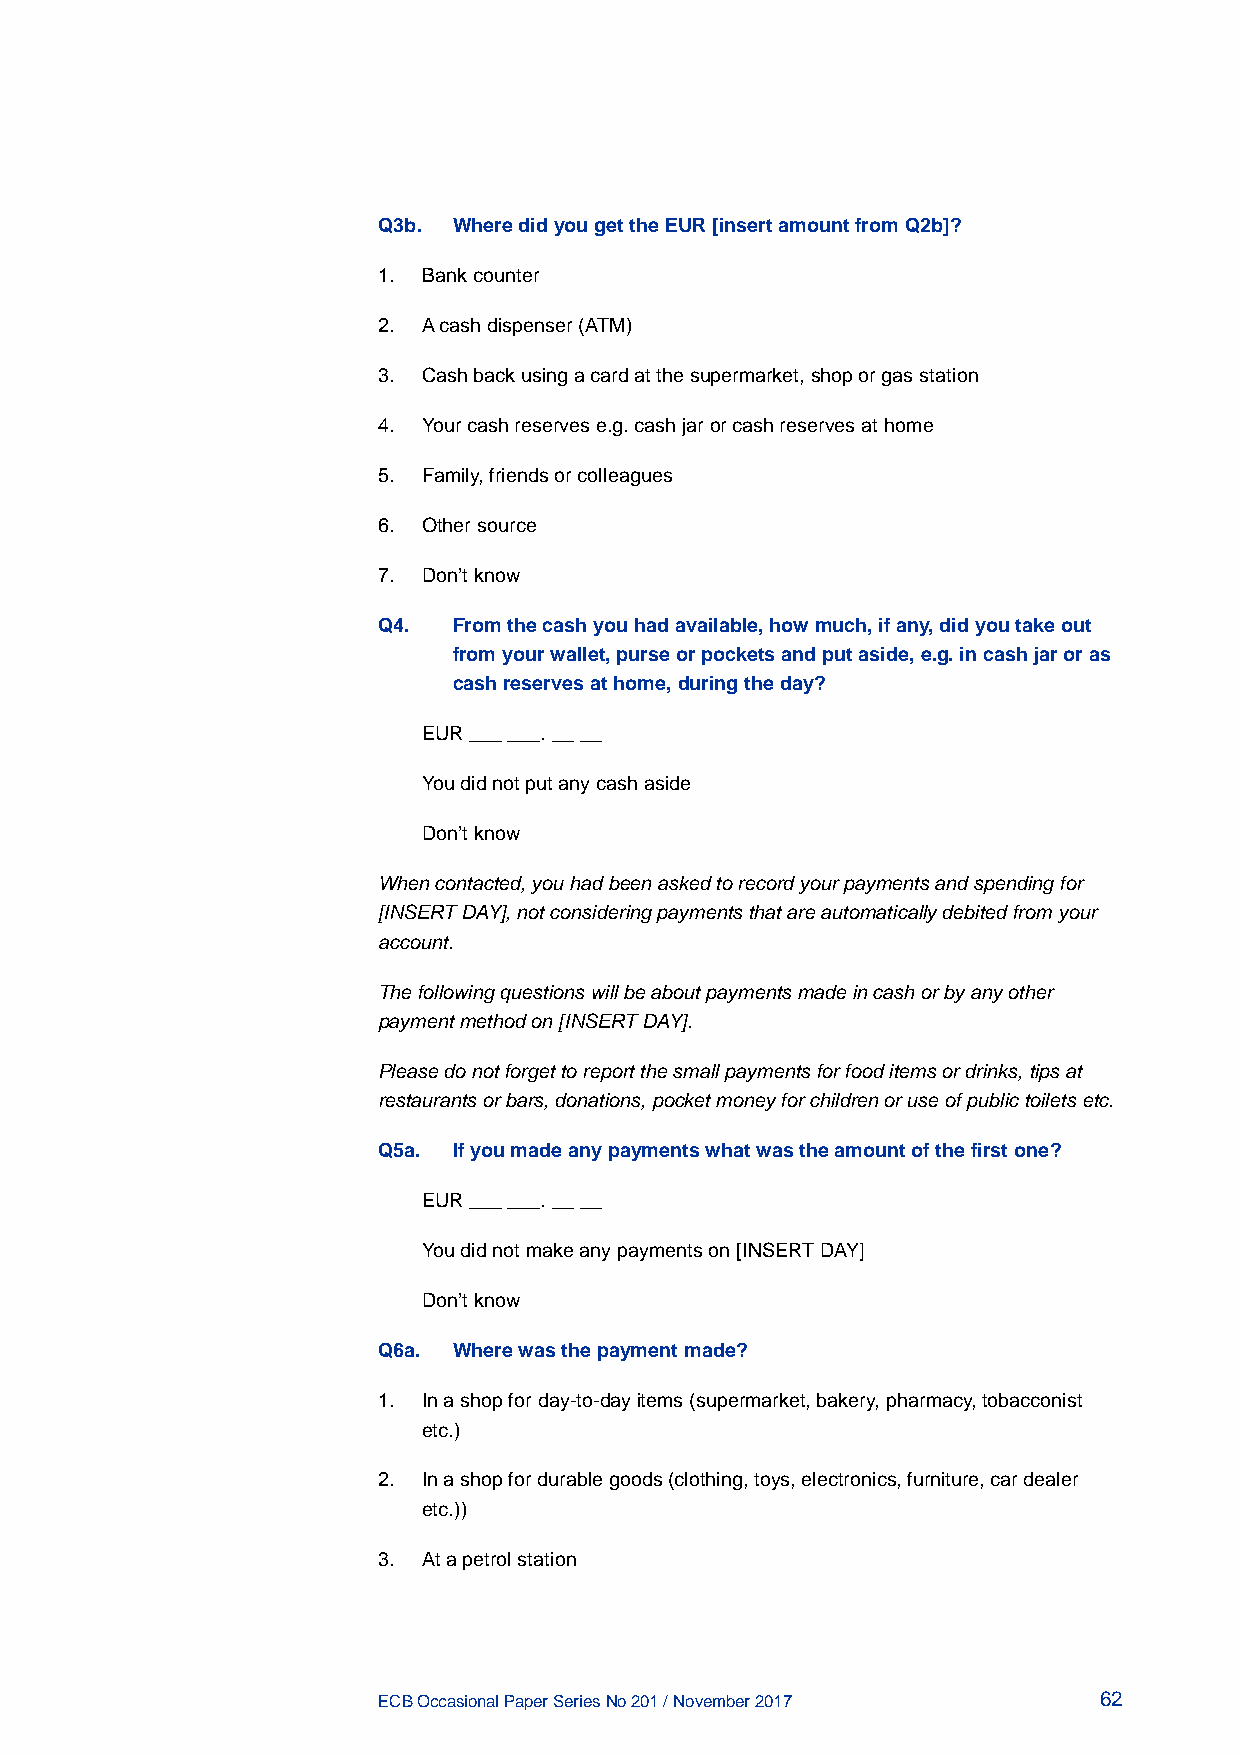
Q3b. Where did you get the EUR [insert amount from Q2b]?
 1. Bank counter
 2. A cash dispenser (ATM)
 3. Cash back using a card at the supermarket, shop or gas station
 4. Your cash reserves e.g. cash jar or cash reserves at home
 5. Family, friends or colleagues
 6. Other source
 7. Don’t know
 Q4.  From the cash you had available, how much, if any, did you take out
 from your wallet, purse or pockets and put aside, e.g. in cash jar or as
 cash reserves at home, during the day?
 EUR ___ ___. __ __
 You did not put any cash aside
 Don’t know
 When contacted, you had been asked to record your payments and spending for
 [INSERT DAY], not considering payments that are automatically debited from your
 account.
 The following questions will be about payments made in cash or by any other
 payment method on [INSERT DAY].
 Please do not forget to report the small payments for food items or drinks, tips at
 restaurants or bars, donations, pocket money for children or use of public toilets etc.
 Q5a. If you made any payments what was the amount of the first one?
 EUR ___ ___. __ __
 You did not make any payments on [INSERT DAY]
 Don’t know
 Q6a. Where was the payment made?
 1. In a shop for day-to-day items (supermarket, bakery, pharmacy, tobacconist
 etc.)
 2. In a shop for durable goods (clothing, toys, electronics, furniture, car dealer
 etc.))
 3. At a petrol station
 ECB Occasional Paper Series No 201 / November 2017 62